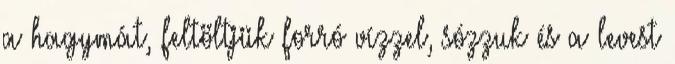
a hagymát, feltöltjük forró vízzel, sózzuk és a levest